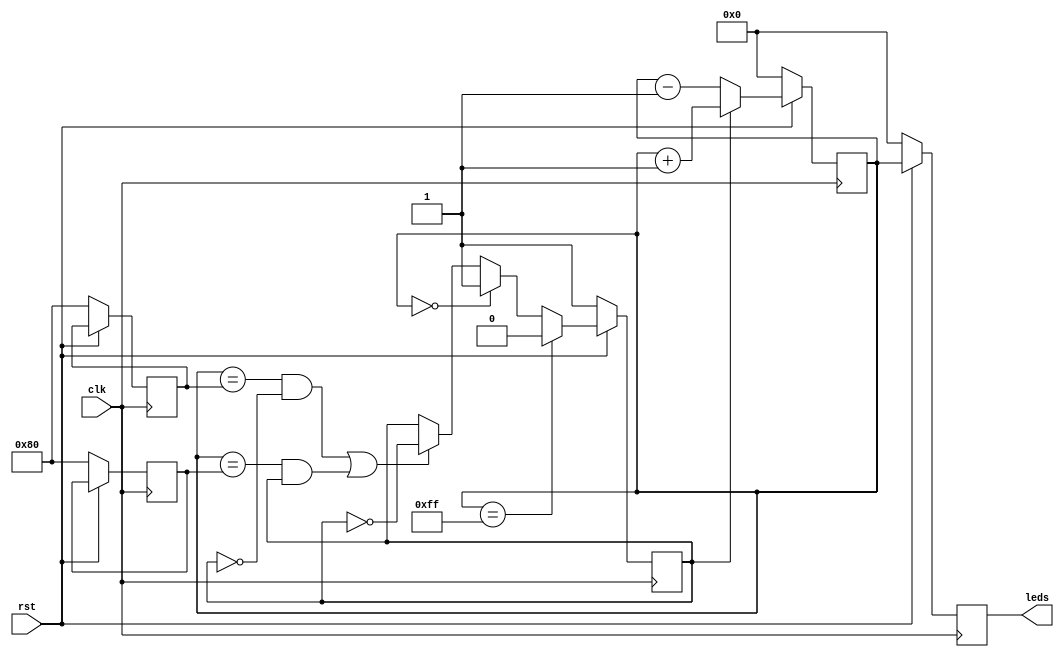
module pingpong (
    input clk,  
    input rst,  
    output reg [7:0] leds  
);

reg [7:0] ball_pos;  
reg [7:0] player_A_pos;  
reg [7:0] player_B_pos;  
reg ball_dir;  // Ball direction (0 = left, 1 = right)
reg hit;  // Flag to indicate a paddle hit


initial begin
    ball_pos = 0;
    player_A_pos = 128;
    player_B_pos = 128;
    ball_dir = 1;
    hit = 0;
end

// Update paddle positions based on input from switches
always @(posedge clk) begin
    if (!rst) begin
        player_A_pos <= 128;
        player_B_pos <= 128;
    end else begin
        if (sw[0]) begin  // Move paddle A up
            if (player_A_pos > 0)
                player_A_pos <= player_A_pos - 1;
        end
        if (sw[1]) begin  // Move paddle A down
            if (player_A_pos < 255)
                player_A_pos <= player_A_pos + 1;
        end
        if (sw[2]) begin  // Move paddle B up
            if (player_B_pos > 0)
                player_B_pos <= player_B_pos - 1;
        end
        if (sw[3]) begin  // Move paddle B down
            if (player_B_pos < 255)
                player_B_pos <= player_B_pos + 1;
        end
    end
end

// Update ball position and check for collisions
always @(posedge clk) begin
    if (!rst) begin
        ball_pos <= 0;
        ball_dir <= 1;
        hit <= 0;
    end else begin
        // Update ball position based on direction
        if (ball_dir)
            ball_pos <= ball_pos + 1;
        else
            ball_pos <= ball_pos - 1;
        
        // Check for collisions with paddles
        if ((ball_pos == player_A_pos && !ball_dir) ||
            (ball_pos == player_B_pos && ball_dir)) begin
            ball_dir <= ~ball_dir;
            hit <= 1;
        end
        
        // Check for collisions with walls
        if (ball_pos == 0)
            ball_dir <= 1;
        if (ball_pos == 255)
            ball_dir <= 0;
    end
end

// Update LED output based on game variables
always @(posedge clk) begin
    if (!rst) begin
        leds <= 0;
    end else begin
        if (hit)
            leds <= {1, ball_pos};
        else
            leds <= {ball_dir, ball_pos};
    end
end

endmodule